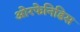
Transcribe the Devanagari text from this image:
ओरफेनिडिस